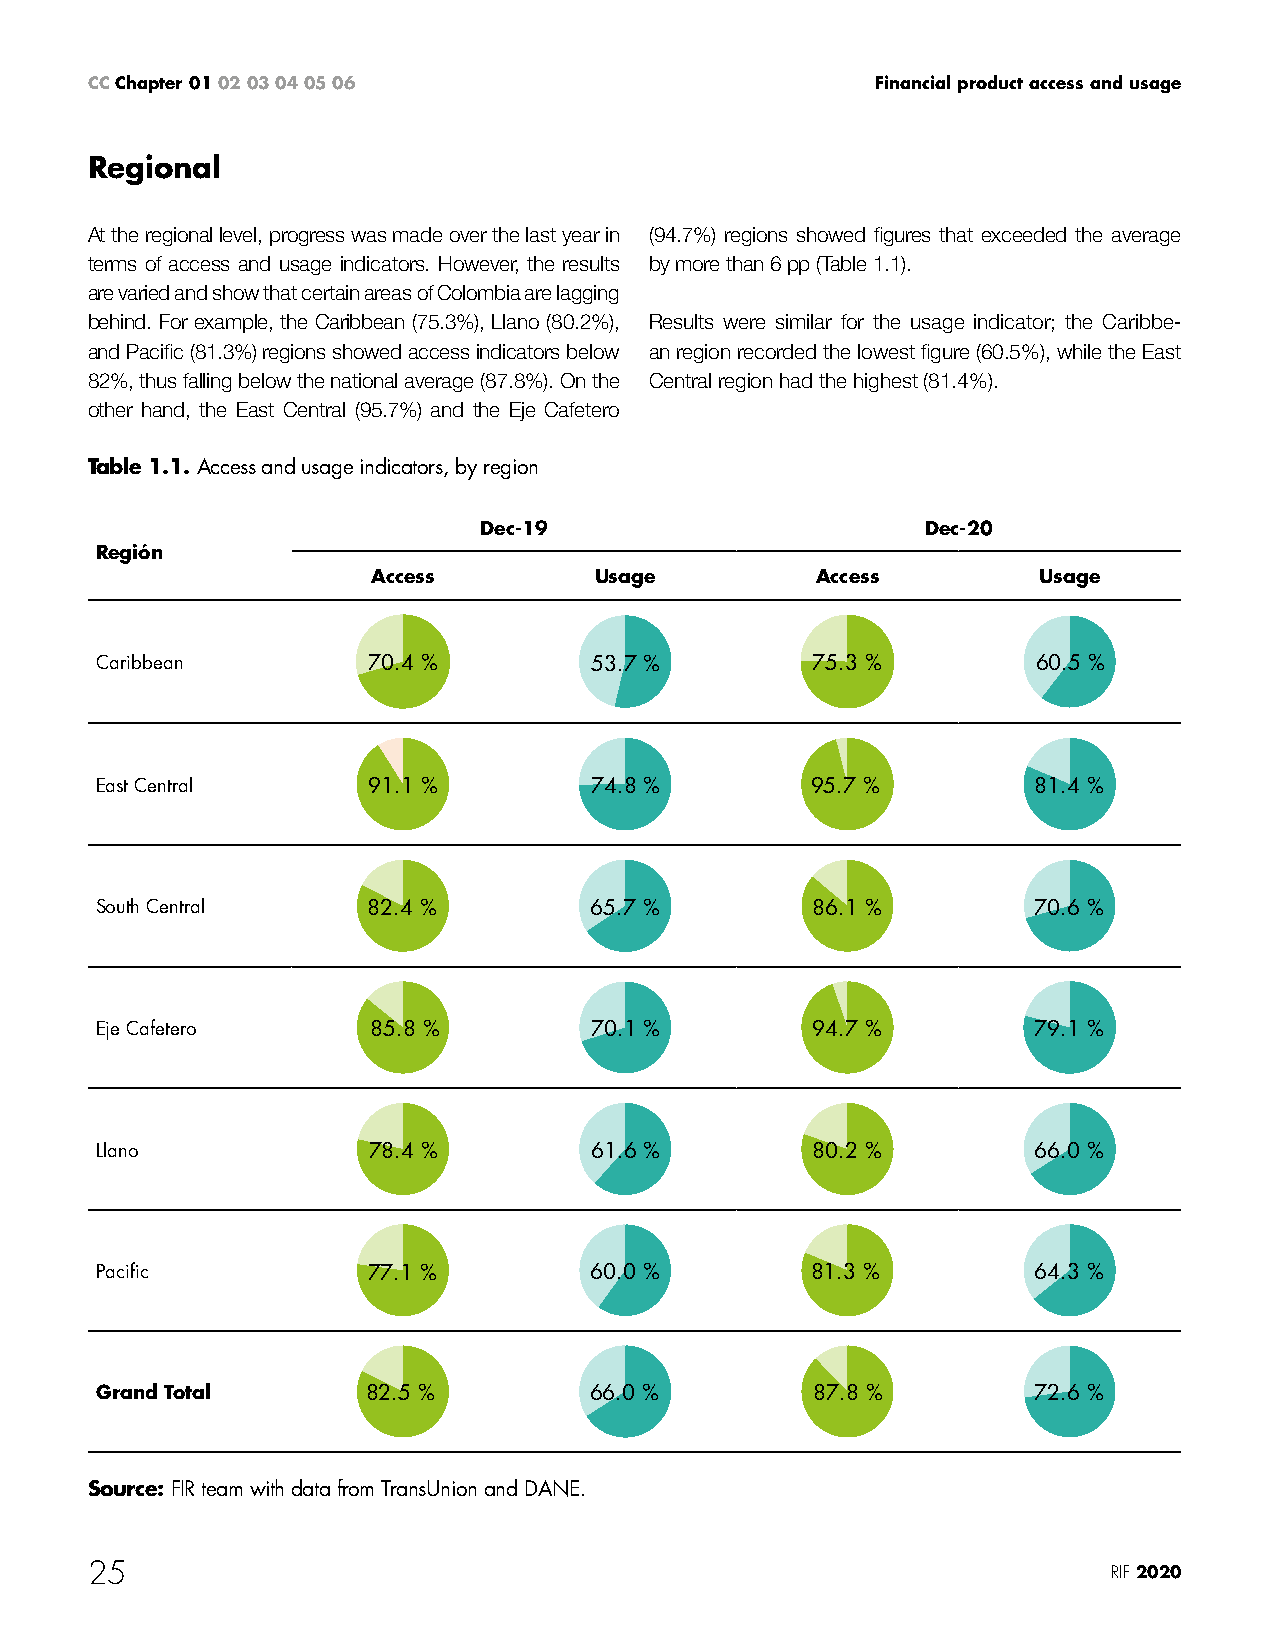
CC Chapter 01 02 03 04 05 06                        Financial product access and usage
 Regional
 At the regional level, progress was made over the last year in (94.7%) regions showed figures that exceeded the average
 terms of access and usage indicators. However, the results by more than 6 pp (Table 1.1).
 are varied and show that certain areas of Colombia are lagging
 behind. For example, the Caribbean (75.3%), Llano (80.2%), Results were similar for the usage indicator; the Caribbe-
 and Pacific (81.3%) regions showed access indicators below an region recorded the lowest figure (60.5%), while the East
 82%, thus falling below the national average (87.8%). On the Central region had the highest (81.4%).
 other hand, the East Central (95.7%) and the Eje Cafetero
 Table 1.1. Access and usage indicators, by region
 Dec-19                       Dec-20
 Región
 Access        Usage          Access         Usage
 Caribbean         70.4 %         53.7 %         75.3 %         60.5 %
 East Central      91.1 %         74.8 %         95.7 %        81.4 %
 South Central     82.4 %         65.7 %         86.1 %        70.6 %
 Eje Cafetero      85.8 %         70.1 %         94.7 %        79.1 %
 Llano             78.4 %         61.6 %         80.2 %        66.0 %
 Pacific           77.1 %         60.0 %         81.3 %        64.3 %
 Grand Total       82.5 %         66.0 %         87.8 %        72.6 %
 Source: FIR team with data from TransUnion and DANE.
 25                                                                  RIF 2020